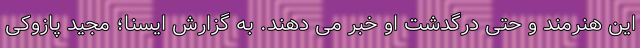
این هنرمند و حتی درگدشت او خبر می دهند. به گزارش ایسنا؛ مجید پازوکی